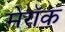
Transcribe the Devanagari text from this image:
मेरॉक